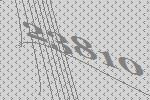
23810